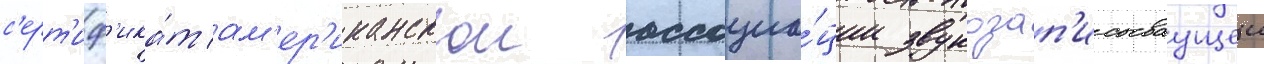
с'ерт'иф'ика́т ам'ер'иканскои ассоциа́ции звукозап'исываущеи